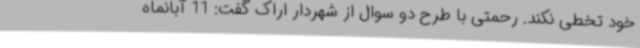
خود تخطی نکند. رحمتی با طرح دو سوال از شهردار اراک گفت: 11 آبانماه